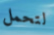
لتحمل